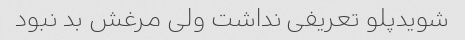
شویدپلو تعریفی نداشت ولی مرغش بد نبود